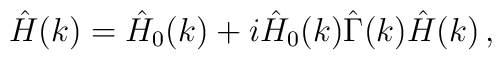
\hat H(k) =\hat H_0(k) + i\hat H_0(k)\hat \Gamma (k) \hat H(k) \, ,